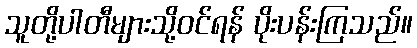
သူတို့ပါတီများသို့ဝင်ရန် ပိုးပန်းကြသည်။